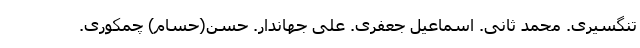
تنگسیری. محمد ثانی. اسماعیل جعفری. علی جهاندار. حسن(حسام) چمکوری.